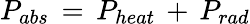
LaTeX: P_{abs}\, =\, P_{heat}\, +\, P_{rad}